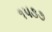
૧૫૩૭